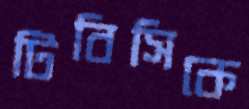
টিবিসিকে